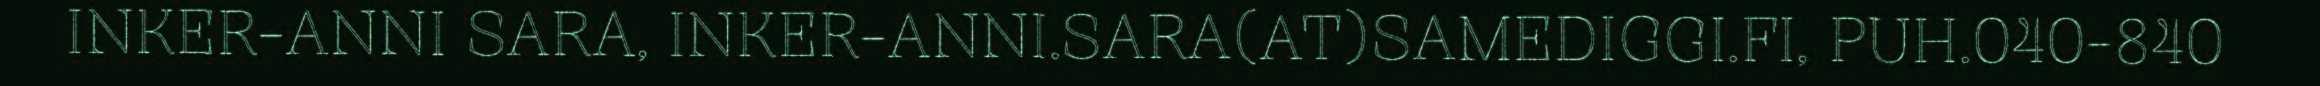
INKER-ANNI SARA, INKER-ANNI.SARA(AT)SAMEDIGGI.FI, PUH.040-840